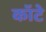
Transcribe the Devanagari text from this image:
कॉटे